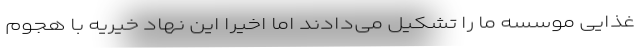
غذایی موسسه ما را تشکیل می‌دادند اما اخیرا این نهاد خیریه با هجوم